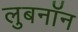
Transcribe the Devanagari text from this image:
लुबनॉन